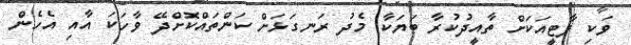
ވަކި ޕާޓީއަކަށް ތާއީދުކުރާ ބަޔަކާ މެދު ރަނގަޅަށް ކަންތައްކޮށްދޭ ވާހަކަ އާއި އެހެން